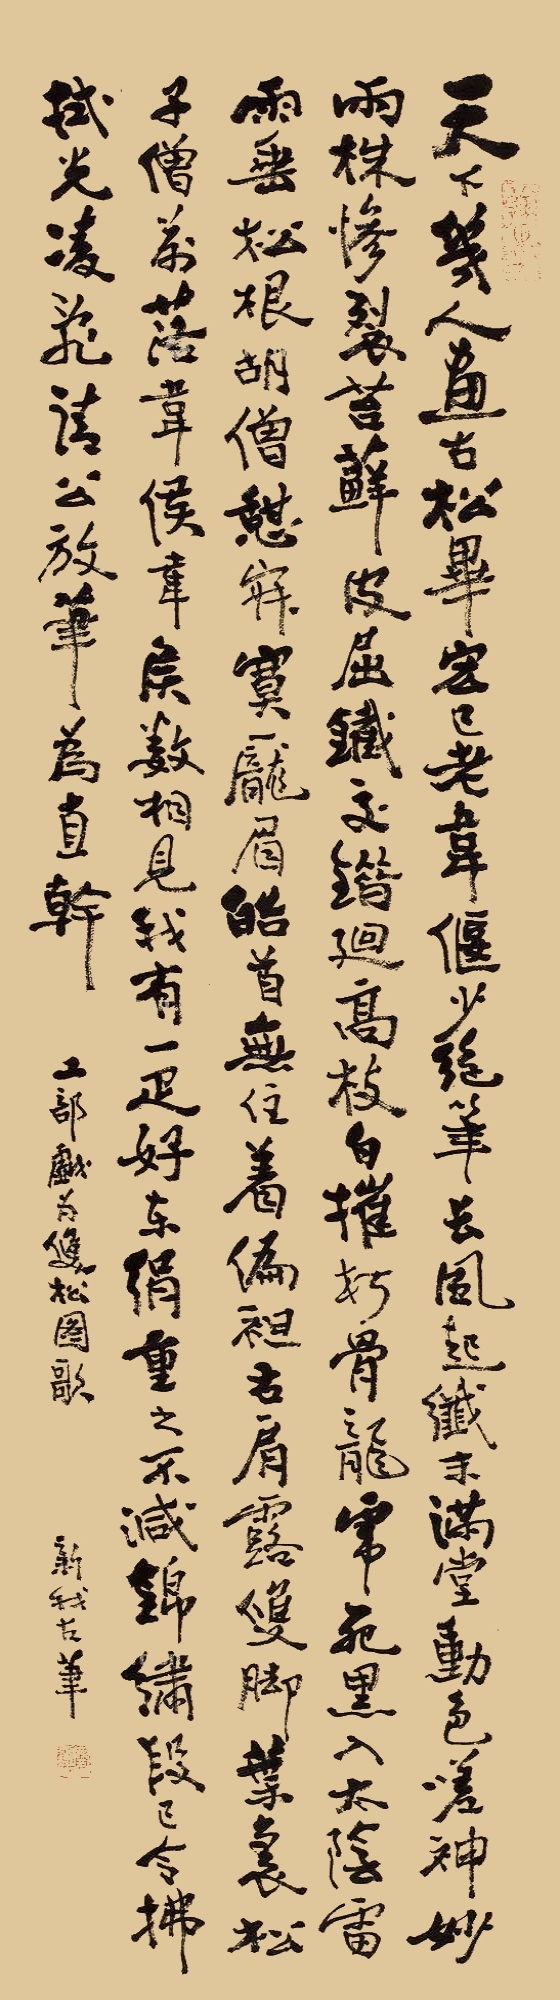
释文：天下几人画古松，毕宏已老韦偃少。绝笔长风起纤末，满堂动色嗟神妙。两株惨裂苔藓皮，屈铁交错回高枝。白摧朽骨龙虎死，黑入太阴雷雨垂，松根胡僧憩寂寞，庞眉皓首无住着。偏袒右肩露双脚，叶里松子僧前落。韦侯韦侯数相见，我有一匹好东绢，重之不减锦绣段。已令拂拭光凌乱，请公放笔为直干。工部戏为双松图歌新我左笔